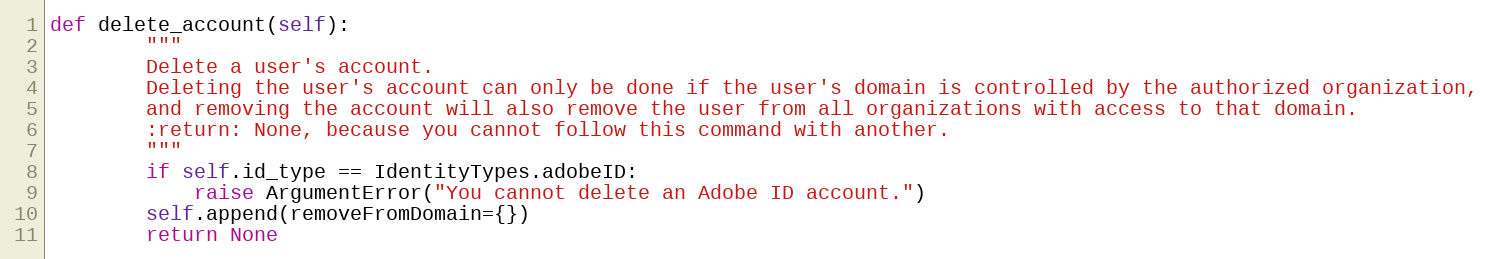
Language: Python
def delete_account(self):
        """
        Delete a user's account.
        Deleting the user's account can only be done if the user's domain is controlled by the authorized organization,
        and removing the account will also remove the user from all organizations with access to that domain.
        :return: None, because you cannot follow this command with another.
        """
        if self.id_type == IdentityTypes.adobeID:
            raise ArgumentError("You cannot delete an Adobe ID account.")
        self.append(removeFromDomain={})
        return None